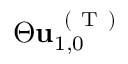
\Theta \mathbf { u } _ { 1 , 0 } ^ { \mathrm { ~ ( ~ T ~ ) ~ } }